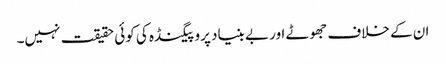
ان کے خلاف جھوٹے اور بے بنیاد پروپیگنڈہ کی کوئی حقیقت نہیں۔